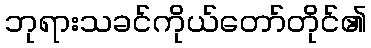
ဘုရားသခင်ကိုယ်တော်တိုင်၏